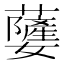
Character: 𮓃